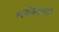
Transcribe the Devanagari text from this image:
श्लोकावली